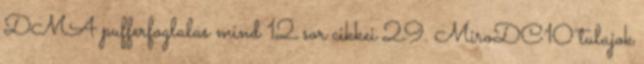
DMA pufferfoglalas mind 12 sor cikkei 29. MiroDC10 tulajok